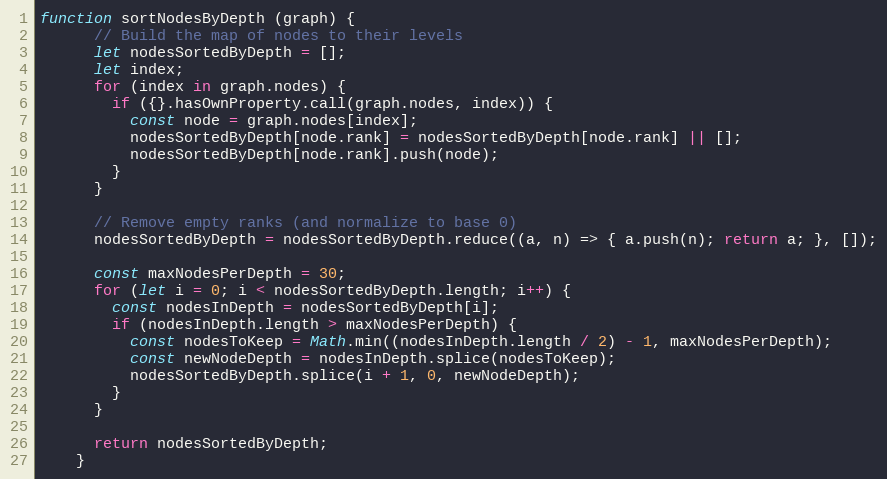
Language: JavaScript
function sortNodesByDepth (graph) {
      // Build the map of nodes to their levels
      let nodesSortedByDepth = [];
      let index;
      for (index in graph.nodes) {
        if ({}.hasOwnProperty.call(graph.nodes, index)) {
          const node = graph.nodes[index];
          nodesSortedByDepth[node.rank] = nodesSortedByDepth[node.rank] || [];
          nodesSortedByDepth[node.rank].push(node);
        }
      }

      // Remove empty ranks (and normalize to base 0)
      nodesSortedByDepth = nodesSortedByDepth.reduce((a, n) => { a.push(n); return a; }, []);

      const maxNodesPerDepth = 30;
      for (let i = 0; i < nodesSortedByDepth.length; i++) {
        const nodesInDepth = nodesSortedByDepth[i];
        if (nodesInDepth.length > maxNodesPerDepth) {
          const nodesToKeep = Math.min((nodesInDepth.length / 2) - 1, maxNodesPerDepth);
          const newNodeDepth = nodesInDepth.splice(nodesToKeep);
          nodesSortedByDepth.splice(i + 1, 0, newNodeDepth);
        }
      }

      return nodesSortedByDepth;
    }